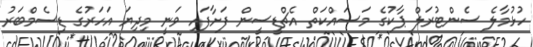
ހުޅުމާލެ ސެންޓުރަލް ޕާކުގެ މަސައްކަތް އެޗްޑީސީން ފަށާފައި ވަނީ މިދިޔަ އަހަރުގެ ޑިސެމްބަރު